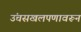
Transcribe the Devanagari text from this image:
उंचसखलपणावरून